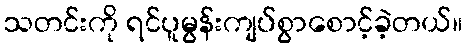
သတင်းကို ရင်ပူမွန်းကျပ်စွာစောင့်ခဲ့တယ်။